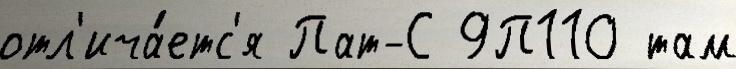
отл'ича́етс'я Пат-С 9П110 там